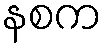
နစက